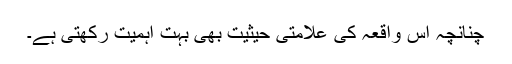
چنانچہ اس واقعہ کی علامتی حیثیت بھی بہت اہمیت رکھتی ہے۔